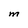
Character: M